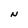
Character: N